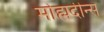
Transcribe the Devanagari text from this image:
मोह्मदीन्स